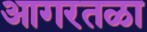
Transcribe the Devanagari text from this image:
आगरतळा